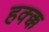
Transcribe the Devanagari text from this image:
हक्क्क